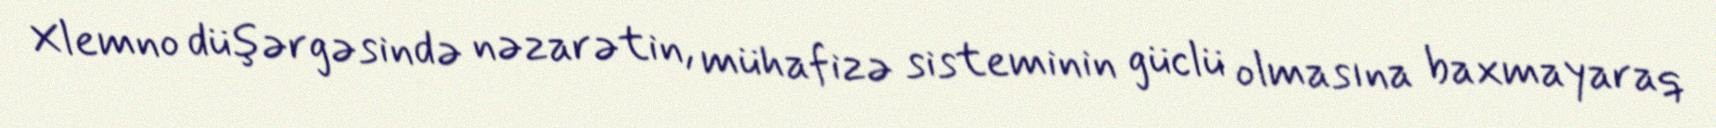
Xlemno düşərgəsində nəzarətin, mühafizə sisteminin güclü olmasına baxmayaraq